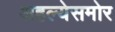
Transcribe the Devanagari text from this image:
अहल्येसमोर